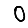
Digit: 0